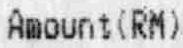
AMOUNT(RM)